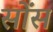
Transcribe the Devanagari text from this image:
सोंस